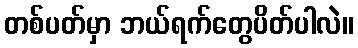
တစ်ပတ်မှာ ဘယ်ရက်တွေပိတ်ပါလဲ။